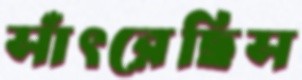
সাঁৎরেছিস